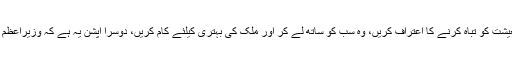
یاد رہے کہ بلاول بھٹو نے بھی کہا تھا کہ وزیراعظم معیشت کو تباہ کرنے کا اعتراف کریں، وہ سب کو ساتھ لے کر اور ملک کی بہتری کیلئے کام کریں، دوسرا آپشن یہ ہے کہ وزیراعظم استعفیٰ دیں اور گھر جائیں، کسی قابل بندے کو آنے دیں۔